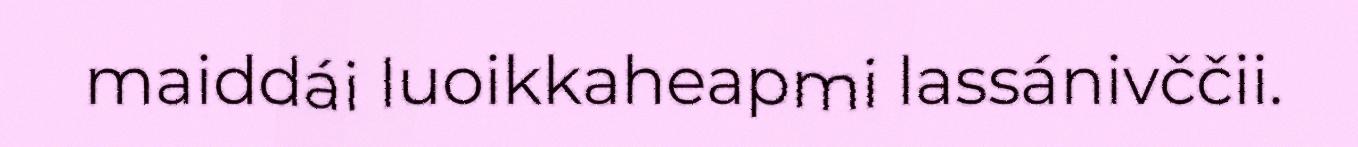
maiddái luoikkaheapmi lassánivččii.